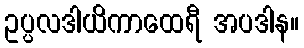
ဥပ္ပလဒါယိကာထေရီ အပဒါန။